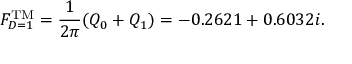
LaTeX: F _ { D = 1 } ^ { \mathrm { T M } } = { \frac { 1 } { 2 \pi } } ( Q _ { 0 } + Q _ { 1 } ) = - 0 . 2 6 2 1 + 0 . 6 0 3 2 i .